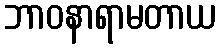
ဘာဝနာရာမတာယ